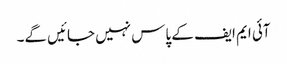
آئی ایم ایف کے پاس نہیں جائیں گے۔